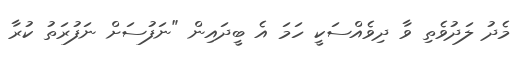
މެދު ލަދުވެތި ވާ ދިވެއްސަކީ ހަމަ އެ ބީދައިން "ނަފުސަށް ނަފުރަތު ކުރާ